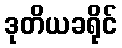
ဒုတိယခရိုင်